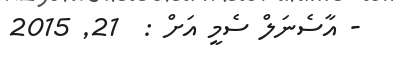
- އާސެނަލް ސެމީ އަށް :  21